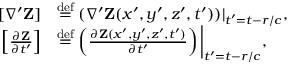
\begin{array} { r l } { [ \nabla ^ { \prime } { \mathbf Z } ] } & { \stackrel { \operatorname { d e f } } { = } ( \nabla ^ { \prime } { \mathbf Z } ( x ^ { \prime } , y ^ { \prime } , z ^ { \prime } , t ^ { \prime } ) ) | _ { t ^ { \prime } = t - r / c } , } \\ { \left[ \frac { \partial { \mathbf Z } } { \partial t ^ { \prime } } \right] } & { \stackrel { \operatorname { d e f } } { = } \left( \frac { \partial { \mathbf Z } ( x ^ { \prime } , y ^ { \prime } , z ^ { \prime } , t ^ { \prime } ) } { \partial t ^ { \prime } } \right) \bigg \rvert _ { t ^ { \prime } = t - r / c } , } \end{array}